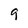
Character: 9